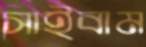
সাইবাম